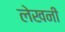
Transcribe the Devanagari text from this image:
लेखनीं